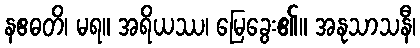
နဧဓတိ၊ မရ။ အရိယဿ၊ မြေခွေး၏။ အနုသာသနီ၊